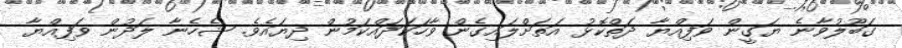
ގަބޫލުވާނެ ޔަގީން ވަފިއްޔާ ދަތްކޮޅު އަތަށްލައިގެން ވާހަކަދައްކަމުން ދިޔައެވެ. ޝެހެނާ ލަދުން ވަފިއްޔާ